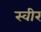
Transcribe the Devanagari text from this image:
स्वीर